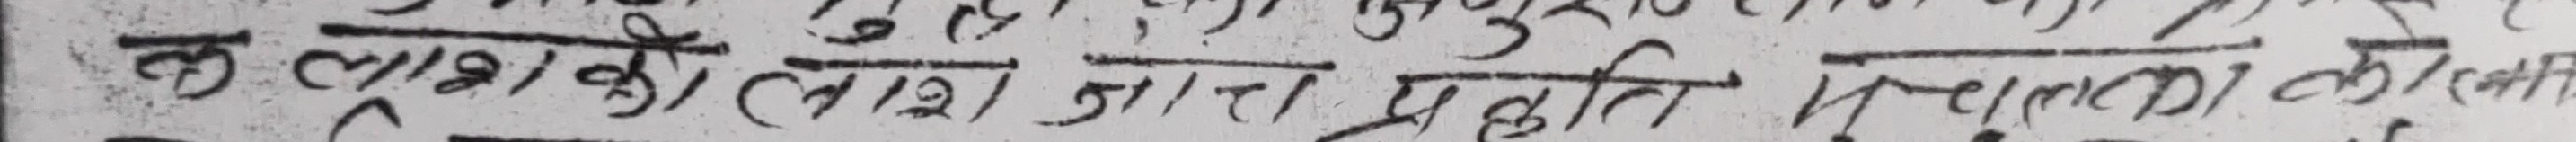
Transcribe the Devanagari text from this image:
क लाशको ( लाश ज्ञात) प्रसिद्धीत् / लाशको रकी